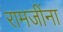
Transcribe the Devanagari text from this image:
रामजींना